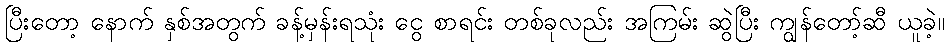
ပြီးတော့ နောက် နှစ်အတွက် ခန့်မှန်းရသုံး ငွေ စာရင်း တစ်ခုလည်း အကြမ်း ဆွဲပြီး ကျွန်တော့်ဆီ ယူခဲ့။